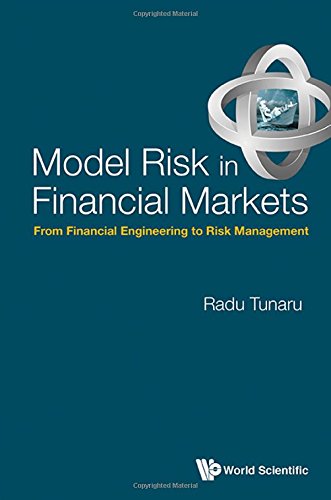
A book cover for Model Risk in Financial Markets: From Financial Engineering to Risk Management; Radu Tunaru; Business & Money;